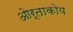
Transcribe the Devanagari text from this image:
ओर्ताकोय